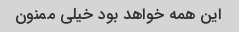
این همه خواهد بود خیلی ممنون